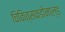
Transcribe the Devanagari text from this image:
चिकित्सकडोनाल्ड